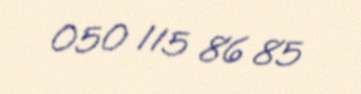
050 115 86 85